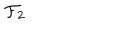
LaTeX: { \cal F } _ { 2 }